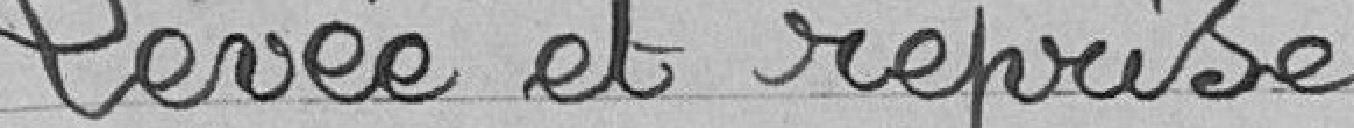
Levée et reprise